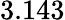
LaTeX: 3.143